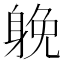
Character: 𨉏